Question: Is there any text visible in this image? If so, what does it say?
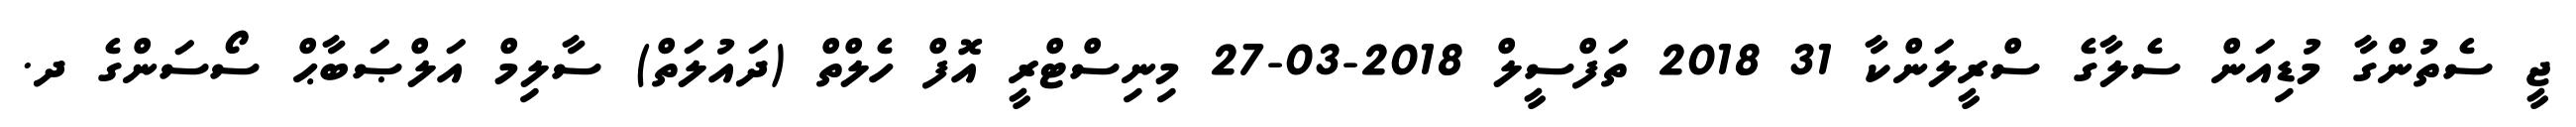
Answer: ޖީ ސެތުންގާ މުޑިއަން ސެލާގެ ސްރީލަންކާ 31 2018 ތަފްސީލް 2018-03-27 މިނިސްޓްރީ އޮފް ހެލްތް (ދައުލަތް) ސާލިމް އަލްޞަބާޙް ސޯސަންގެ ދ.